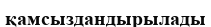
қамсыздандырылады